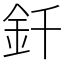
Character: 釺